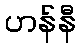
ဟန်နီ